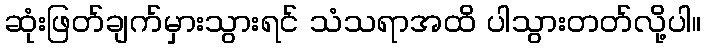
ဆုံးဖြတ်ချက်မှားသွားရင် သံသရာအထိ ပါသွားတတ်လို့ပါ။